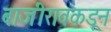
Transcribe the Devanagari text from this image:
बाजीरावकडून